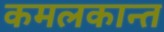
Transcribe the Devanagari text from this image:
कमलकान्त